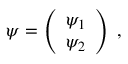
\begin{array} { r } { \psi = \left( \begin{array} { c c } { \psi _ { 1 } } \\ { \psi _ { 2 } } \end{array} \right) \; , } \end{array}